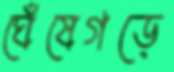
ঘেঁষেগড়ে